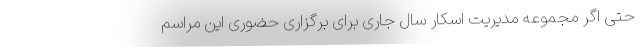
حتی اگر مجموعه مدیریت اسکار سال جاری برای برگزاری حضوری این مراسم